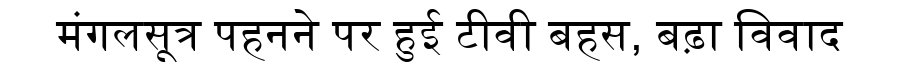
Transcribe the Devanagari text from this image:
मंगलसूत्र पहनने पर हुई टीवी बहस, बढ़ा विवाद